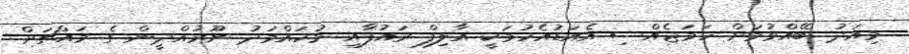
މިއަދު ބޭއްވުމަށް ހަމަޖެއްސި އެއަޑުއެހުމަކީ އާލިފް ރައުފާއި މުހައްމަދު ނޫރުއްދީން ގެ މައްޗަށް